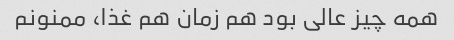
همه چیز عالی بود هم زمان هم غذا، ممنونم